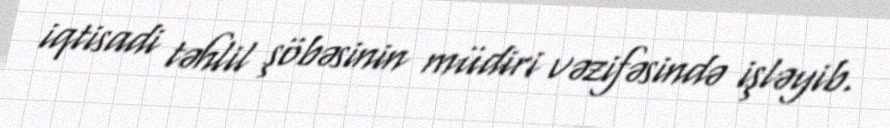
iqtisadi təhlil şöbəsinin müdiri vəzifəsində işləyib.